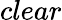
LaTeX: clear